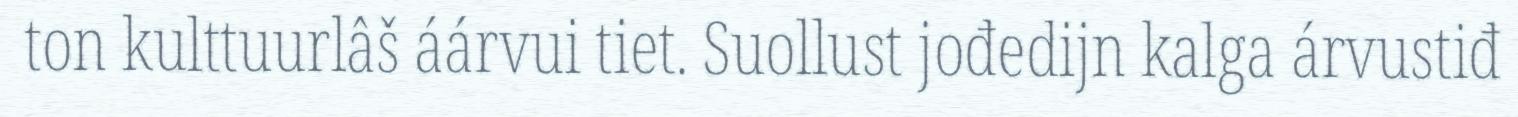
ton kulttuurlâš áárvui tiet. Suollust jođedijn kalga árvustiđ